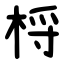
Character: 㭩